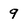
Character: 9